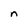
Character: n